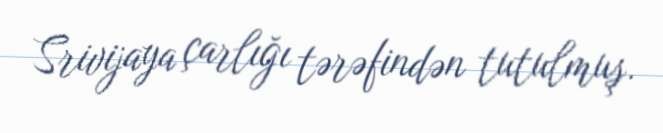
Srivijaya çarlığı tərəfindən tutulmuş.